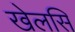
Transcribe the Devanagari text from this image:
खेलसि